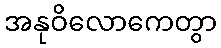
အနုဝိလောကေတွာ